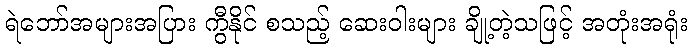
ရဲဘော်အများအပြား ကွီနိုင် စသည့် ဆေးဝါးများ ချို့တဲ့သဖြင့် အတုံးအရုံး